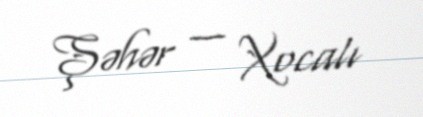
Şəhər — Xocalı